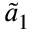
\Tilde { a } _ { 1 }